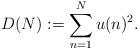
LaTeX: \begin{align*}D(N):= \sum_{n=1}^{N} u(n)^2.\end{align*}